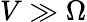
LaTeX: V\gg\Omega